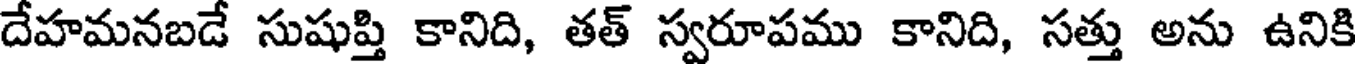
దేహమనబడే సుషుప్తి కానిది, తత్ స్వరూపము కానిది, సత్తు అను ఉనికి